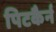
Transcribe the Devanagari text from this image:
पिटकैर्न